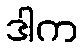
ဒါက